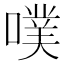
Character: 噗